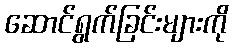
ဆောင်ရွက်ခြင်းများကို